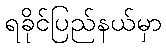
ရခိုင်ပြည်နယ်မှာ